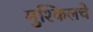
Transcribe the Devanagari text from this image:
मुश्किलचे